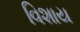
વિશાય